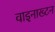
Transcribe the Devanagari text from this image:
वाइनाख्टन